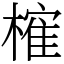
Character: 𣙜